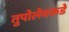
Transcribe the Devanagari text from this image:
तुपोलेवकडे